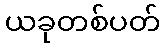
ယခုတစ်ပတ်